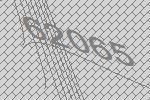
62065